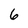
Character: 6